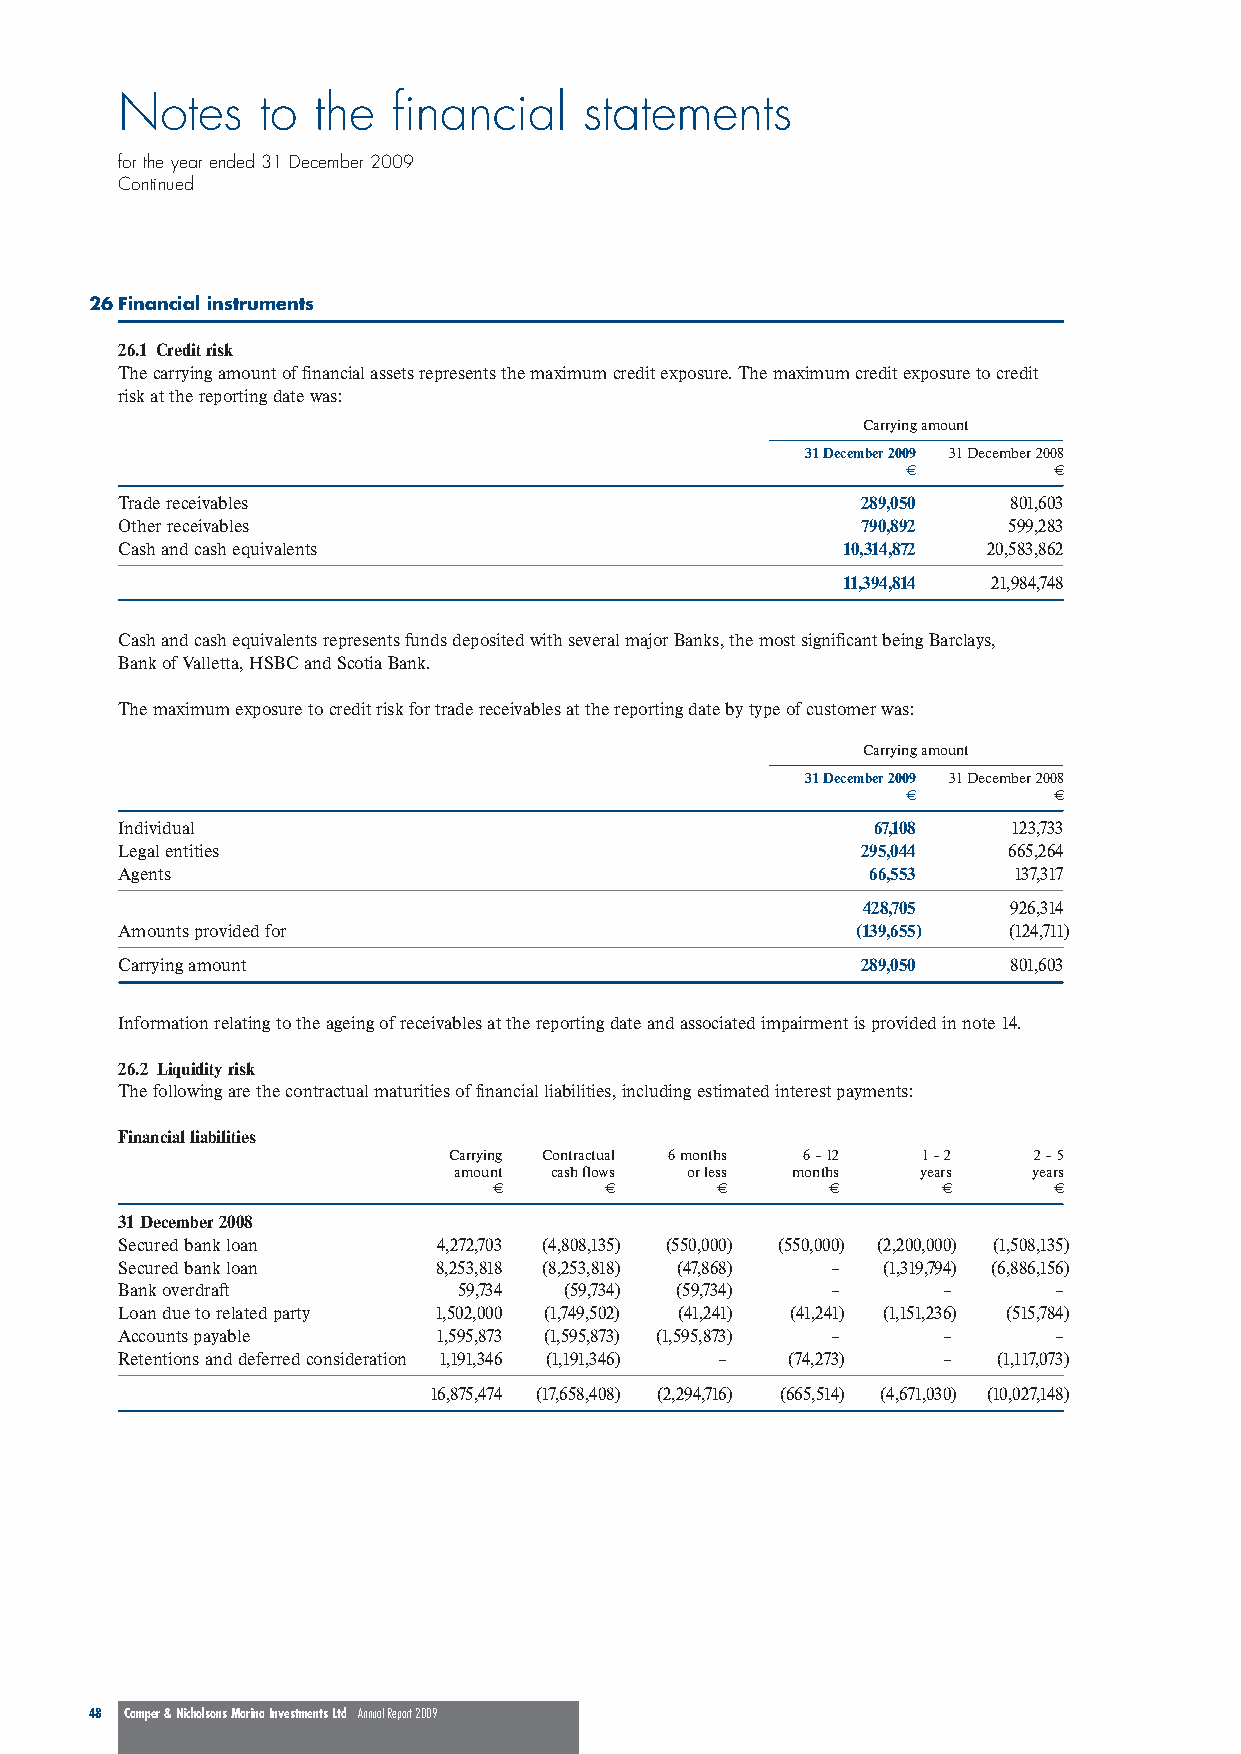
Notes    to  the  financial    statements
 for the year ended 31 December 2009
 Continued
 26Financial instruments
 26.1 Credit risk
 The carrying amount of financial assets represents the maximum credit exposure. The maximum credit exposure to credit
 risk at the reporting date was:
 Carrying amount
 31 December 2009 31 December 2008
 €         €
 Trade receivables                                289,050   801,603
 Other receivables                                790,892   599,283
 Cash and cash equivalents                       10,314,872 20,583,862
 11,394,814 21,984,748
 Cash and cash equivalents represents funds deposited with several major Banks, the most significant being Barclays,
 Bank of Valletta, HSBC and Scotia Bank.
 The maximum exposure to credit risk for trade receivables at the reporting date by type of customer was:
 Carrying amount
 31 December 2009 31 December 2008
 €         €
 Individual                                        67,108   123,733
 Legal entities                                   295,044   665,264
 Agents                                            66,553   137,317
 428,705   926,314
 Amounts provided for                             (139,655) (124,711)
 Carrying amount                                  289,050   801,603
 Information relating to the ageing of receivables at the reporting date and associated impairment is provided in note 14.
 26.2 Liquidity risk
 The following are the contractual maturities of financial liabilities, including estimated interest payments:
 Financial liabilities
 Carrying Contractual 6 months 6 – 12 1 – 2 2 – 5
 amount cash flows or less months years years
 €      €      €       €      €       €
 31 December 2008
 Secured bank loan    4,272,703 (4,808,135) (550,000) (550,000) (2,200,000) (1,508,135)
 Secured bank loan    8,253,818 (8,253,818) (47,868) – (1,319,794) (6,886,156)
 Bank overdraft        59,734 (59,734) (59,734) –      –       –
 Loan due to related party 1,502,000 (1,749,502) (41,241) (41,241) (1,151,236) (515,784)
 Accounts payable     1,595,873 (1,595,873) (1,595,873) – –    –
 Retentions and deferred consideration 1,191,346 (1,191,346) – (74,273) – (1,117,073)
 16,875,474 (17,658,408) (2,294,716) (665,514) (4,671,030) (10,027,148)
 48 Camper & Nicholsons Marina Investments Ltd Annual Report 2009